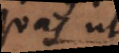
quas in